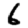
Digit: 6